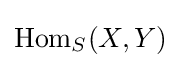
{\text{Hom}}_{S}(X,Y)